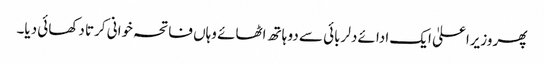
پھر وزیراعلیٰ ایک ادائے دلربائی سے دو ہاتھ اٹھائے وہاں فاتحہ خوانی کرتا دکھائی دیا۔